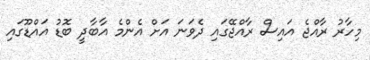
މިހާރު ރާއްޖެ އައިސް ރާއްޖޭގައި ދެވަނަ އަށް އެންމެ އާބާދީ ބޮޑު އައްޑޫގައި